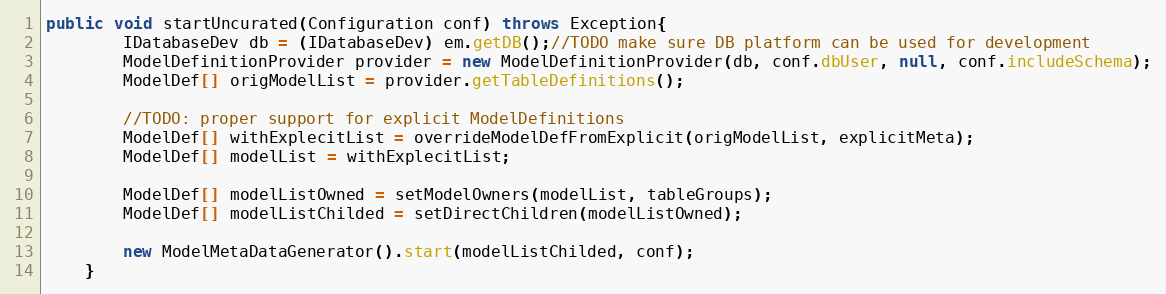
Language: Java
public void startUncurated(Configuration conf) throws Exception{
		IDatabaseDev db = (IDatabaseDev) em.getDB();//TODO make sure DB platform can be used for development
		ModelDefinitionProvider provider = new ModelDefinitionProvider(db, conf.dbUser, null, conf.includeSchema);
		ModelDef[] origModelList = provider.getTableDefinitions();

		//TODO: proper support for explicit ModelDefinitions
		ModelDef[] withExplecitList = overrideModelDefFromExplicit(origModelList, explicitMeta);
		ModelDef[] modelList = withExplecitList;

		ModelDef[] modelListOwned = setModelOwners(modelList, tableGroups);
		ModelDef[] modelListChilded = setDirectChildren(modelListOwned);

		new ModelMetaDataGenerator().start(modelListChilded, conf);
	}